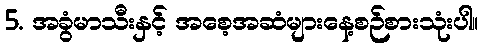
5. အခွံမာသီးနှင့် အစေ့အဆံများနေ့စဉ်စားသုံးပါ။